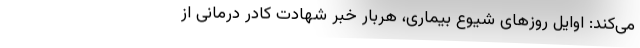
می‌کند: اوایل روزهای شیوع بیماری، هربار خبر شهادت کادر درمانی از